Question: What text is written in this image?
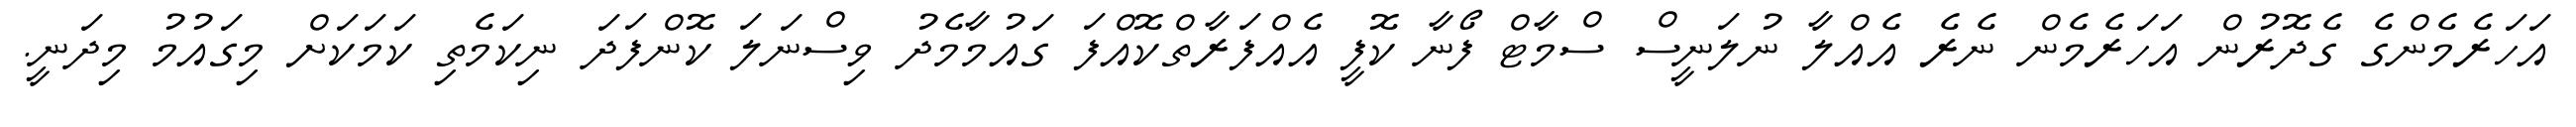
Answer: އަހަރެމެންގެ ގެދޮރުން އަހަރެމެން ނެރެ އެއްލާ ނުލަނީސް ސްމާޓް ފޯނާ ކޮފީ އެއްފަރާތްކޮއްފަ ގައުމާމެދު ވިސްނަލަ ކޮންފަދަ ނިކަމެތި ކަމަކަށް މިގައުމު މިދަނީ.